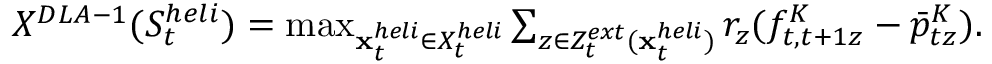
\begin{array} { r } { X ^ { D L A - 1 } ( S _ { t } ^ { h e l i } ) = \operatorname* { m a x } _ { { \mathbf { x } } _ { t } ^ { h e l i } \in { \cal X } _ { t } ^ { h e l i } } \sum _ { z \in { \cal Z } _ { t } ^ { e x t } ( { \mathbf { x } } _ { t } ^ { h e l i } ) } r _ { z } ( f _ { t , t + 1 z } ^ { K } - \bar { p } _ { t z } ^ { K } ) . } \end{array}